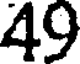
49